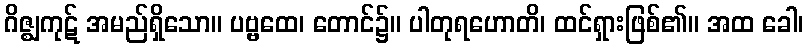
ဂိဇ္ဈကုဋ် အမည်ရှိသော။ ပဗ္ဗထေ၊ တောင်၌။ ပါတုရဟောတိ၊ ထင်ရှားဖြစ်၏။ အထ ခေါ၊